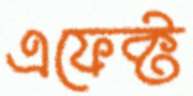
এফেক্ট